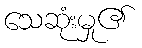
သေဆုံးမှု၏